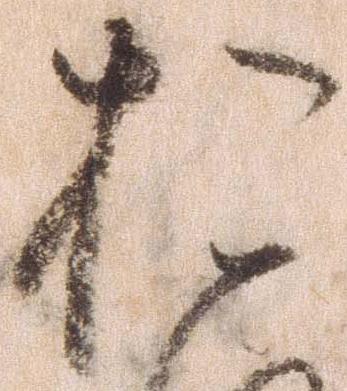
お